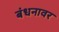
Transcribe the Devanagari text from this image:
बंधनावर